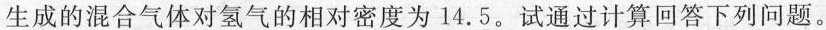
生成的混合气体对氢气的相对密度为14.5。试通过计算回答下列问题。